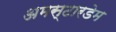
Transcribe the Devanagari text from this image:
अमस्टारडेम